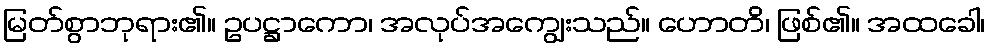
မြတ်စွာဘုရား၏။ ဥပဋ္ဌာကော၊ အလုပ်အကျွေးသည်။ ဟောတိ၊ ဖြစ်၏။ အထခေါ၊